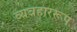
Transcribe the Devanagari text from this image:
व्यवहाररूप